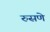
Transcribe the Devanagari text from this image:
रुसणे